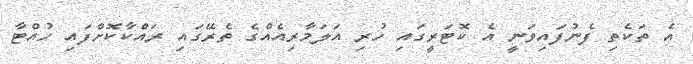
އެ ތަކެތި ފެނުފައިވަނީ އެ ކޮޓަރީގައި ހުރި އަލަމާރިއެއްގެ ތެރޭގައި ރައްކާކޮށްފައި ހުއްޓާ